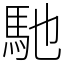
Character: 馳